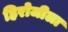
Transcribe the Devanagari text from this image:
हिरोजीला